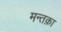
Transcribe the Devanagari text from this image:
मन्तक़ा